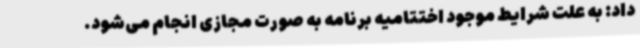
داد: به علت شرایط موجود اختتامیه برنامه به صورت مجازی انجام می‌شود.